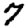
Digit: 7